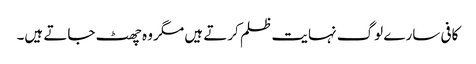
کافی سارے لوگ نہایت ظلم کرتے ہیں مگر وہ چھٹ جاتے ہیں۔